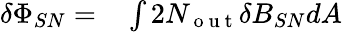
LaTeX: \begin{array}{rl}{\delta\Phi_{SN}=}&{{}\int 2N_{\mathrm{~o~u~t~}}\delta B_{SN}dA}\end{array}